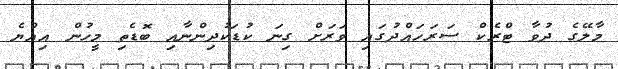
މާލޭގެ ދުވާ ޓްރެކް ސަރަހައްދުގައި ވަރަށް ގިނަ ކުޑަކުދިންނާއި ބޮޑެތި މީހުން އިއްޔެ